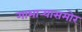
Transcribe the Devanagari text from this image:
गाभार्‍यासमोर